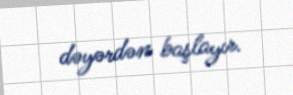
dəyərdən başlayır.